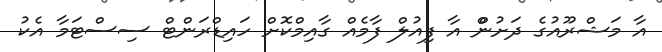
އާ މަޝްރޫއުގެ ދަށުންް އާ ފިއުލް ފާމެއް ގާއިމްކޮށް ހައިޑްރަންޓް ސިސްޓަމާ އެކު